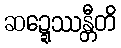
ဆဍ္ဍေဿန္တီတိ